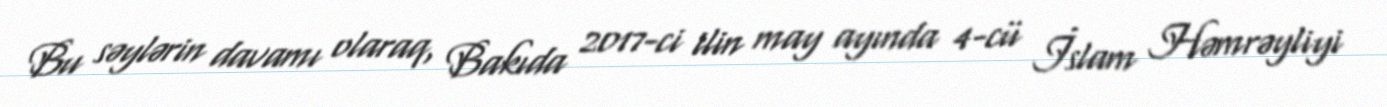
Bu səylərin davamı olaraq, Bakıda 2017-ci ilin may ayında 4-cü İslam Həmrəyliyi